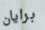
برايان